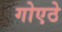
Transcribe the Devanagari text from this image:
गोएठे